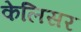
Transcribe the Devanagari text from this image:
केलिसर